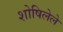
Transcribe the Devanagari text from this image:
शोषिलेले